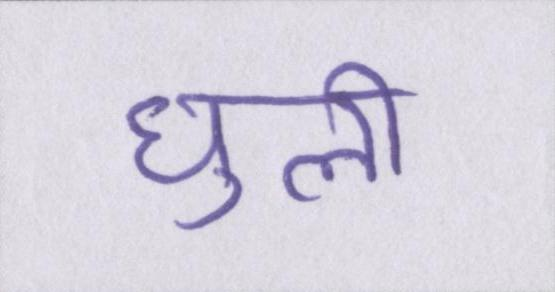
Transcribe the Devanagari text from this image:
घुली